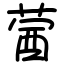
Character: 蒏